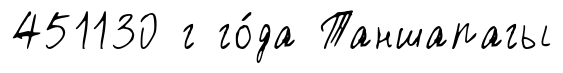
451130 г го́да Таншапагы